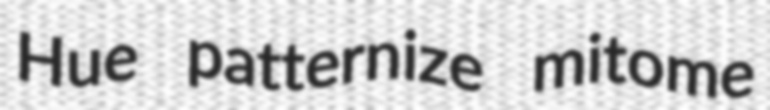
Hue patternize mitome